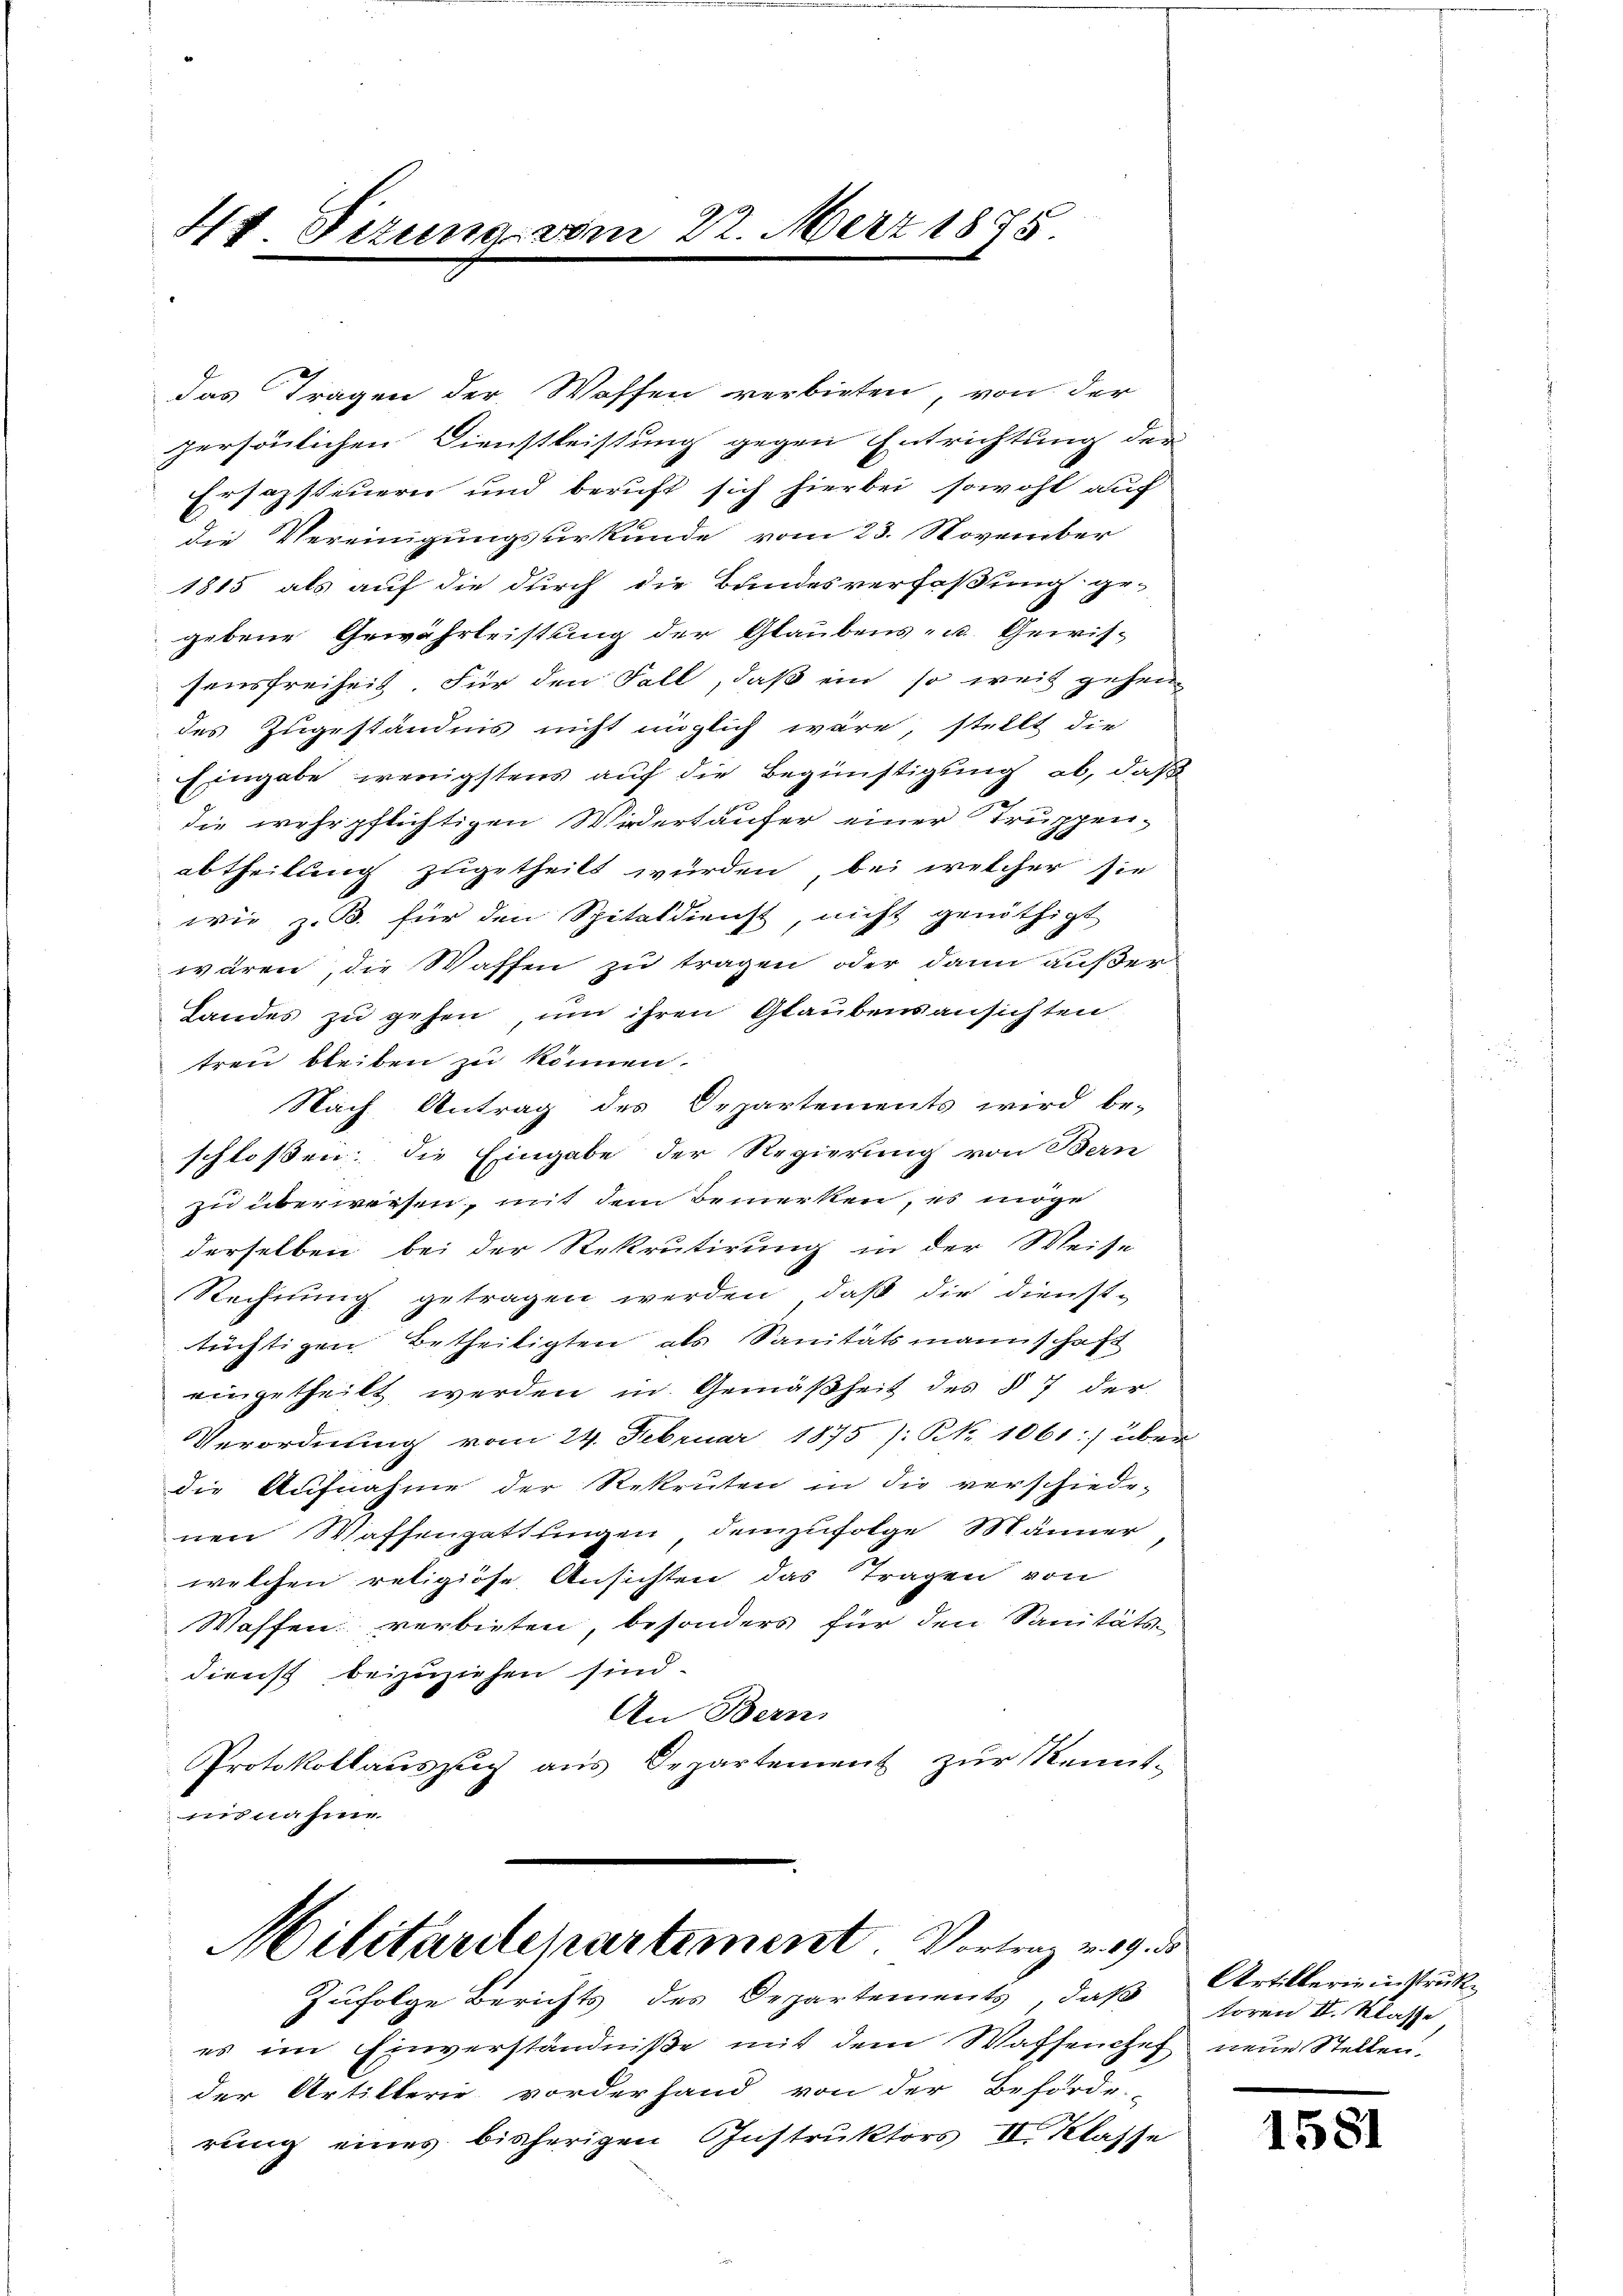
44 Pezuna vom 22. März 1875

Militärdepartement Vortrag weg. d.

das Tragen der Waffen verbieten, von der
persönlichen Dienstleistung gegen Entrichtung der
Ersazsteuern und beruft sich hierbei sowohl auf
die Vereinigungsurkunde vom 23. November
1815 als auf die durch die Bundesverfaßung ge-
gebene Gewährleistung der Glaubens- u. Gewisfensfreiheit. Für den Fall, daß ein so weit gehen
des Zugeständnis nicht möglich wäre, stellt die
Eingabe wenigstens auf die Begünstigung ab, daß
die wehrpflichtigen Wirdertäufer einer Truppenabtheilung zugetheilt würden, bei welcher sie
wie z. B. für den Spitaldienst, nicht genöthigt
wären, die Waffen zu tragen oder dann außer
Landes zu gehen, um ihren Glaubensansichten
treu bleiben zu können.
Nach Antrag des Departements wird be-
schlossen; die Eingabe der Regierung von Bern
zu überwiesen, mit dem Bemerken, es möge
derselben bei der Rekrutirung in der Weise
Rechnung getragen werden, daß die Dienst-
tüchtigen Betheiligten als Sanitätsmannschaft
eingetheilt werden in Gemäßheit des § 7 der
Verordnung vom 24. Februar 1875 /: No 1061 :/ über
die Aufnahme der Rekruten in die verschiede-
nen Wassengattungen, demzufolge Männer
welchen religiose Ansichten das Tragen von
Waffen verbieten, besonders für den Sanitäts-
dienst beizuziehen sind.
An Bern,
Protokollaŭszŭg aŭs Departement zŭr Kennt-
nisnahme

Zufolge Berichts des Departements, daß
es im Einverständniße mit dem Waffenchef neue Stellen-
der Artilterie vorderhand von der Behörde
rung eines bisherigen Instruktors II. Klasse

Artillerie instruk
toren II. Klasse

1581